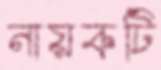
নায়কটি